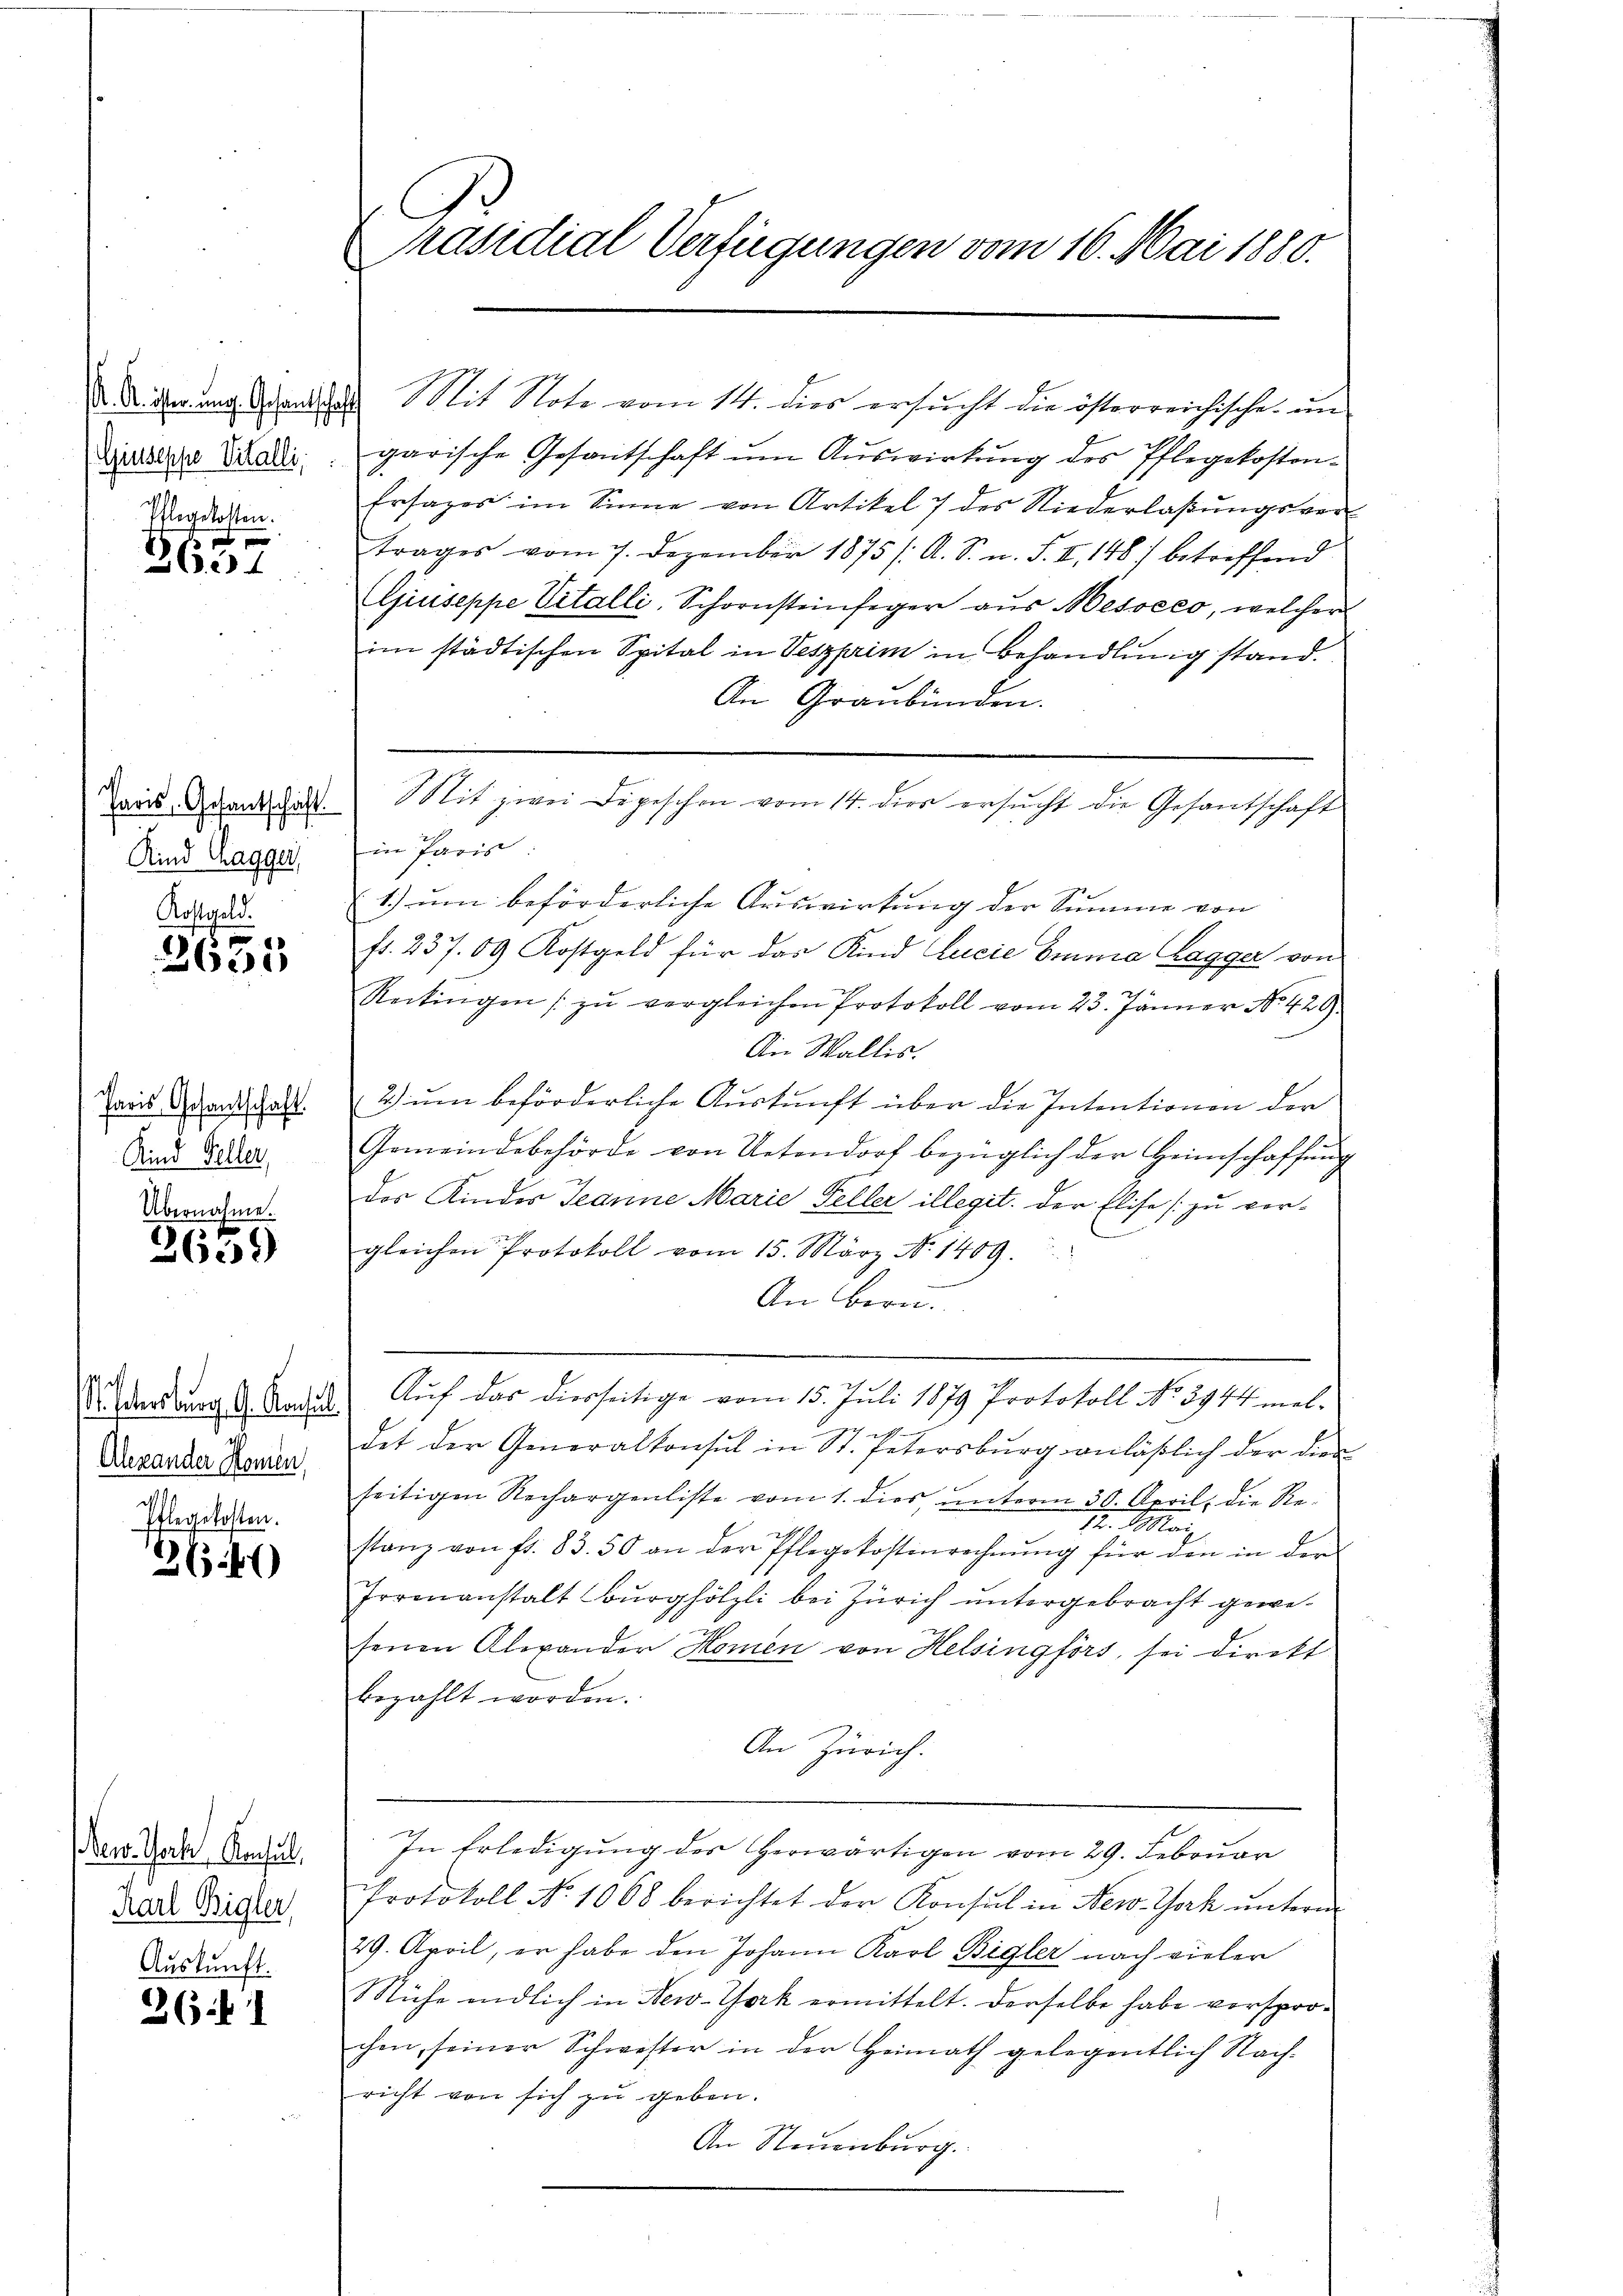
K. A. öster ung. Gesantschaft
Giuseppe Vitalli,
Pflegekosten.

2657

Paris, Gesantschaft.
Kind Tagger,
Kostgeld.

1
1
.
85

Paris Gesandtschaft.
Kind Feller,

Übernahme.
2659

. Petersburg, G. Konsul¬
Alexander Komen,

Pflegekosten.
364)

ew. Torte Kaschul¬
Karl Bigler,
Auskunft.

261

Präsidial Verfügungen vom 16. Mai 1880.

Mit Note vom 14. dies ersucht die österreichische un
garische Gesantschaft um Auswirkung des Pflegekosten¬
Ersages im Sinne von Artikel 7 des Niederlaβŭngsver-
trages vom 7. Dezember 1875 /: A. S. n. F. II., 148) betreffend
Gjuiseppe Vitalli, Schornsteinfeger aŭs Mesocco, welcher
im städtischen Spital in Seszprim in behandlung stand.
An Graubünden.
Mit zwei Döpischen vom 14. dies ersucht die Gesantschaft
in Paris
1.) um beförderliche Auswirkung der Summe von
fr. 237. 09 Kostgeld für das Kind Lucie Emma Lagger von
Reckingen zŭ vergleichen Protokoll vom 23. Jänner No 429.
An Wallis.
2) ŭm beförderliche Auskunft über die Intentionen der
Gemeindebehörde von Uetendorf bezüglich der Heimschaffŭng
das Kindes Jeanne Marie Feller illegit. Der Elise zu vor-
gleichen Protokoll vom 15. März No. 1409.
An Bern.
Auf das diesseitige vom 15. Juli 1879 Protokoll No 3944 mel¬
I
det der Generalkonsul in St. Petersburg anläßlich der dien
seitigen Rechargenliste vom 1. dies unterm 30. April, die Re¬
12. Marz
stanz von fr. 83. 50 an der Pflegekostenrechnŭng für den in der
Irrenanstalt Burghölzli bei Zürich untergebracht gewesenen Alexander Homen von Helsingförs, sei direkt
bezahlt worden.
An Zürich.
In Erledigung des Herwärtigen vom 29. Februar
Protokoll No 1068 berichtet der Konsul in New-York unterm
29. April, er habe den Johann Karl Bigler nach vieler
Mühe endlich in New-York ermittelt. Derselbe habe vorsprochen, seiner Schwester in der Heimath gelegentlich Nach-
richt von sich zu geben.
An Neuenburg.